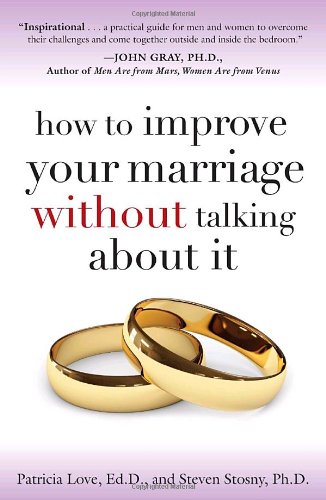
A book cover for How to Improve Your Marriage Without Talking About It; Patricia Love; Parenting & Relationships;